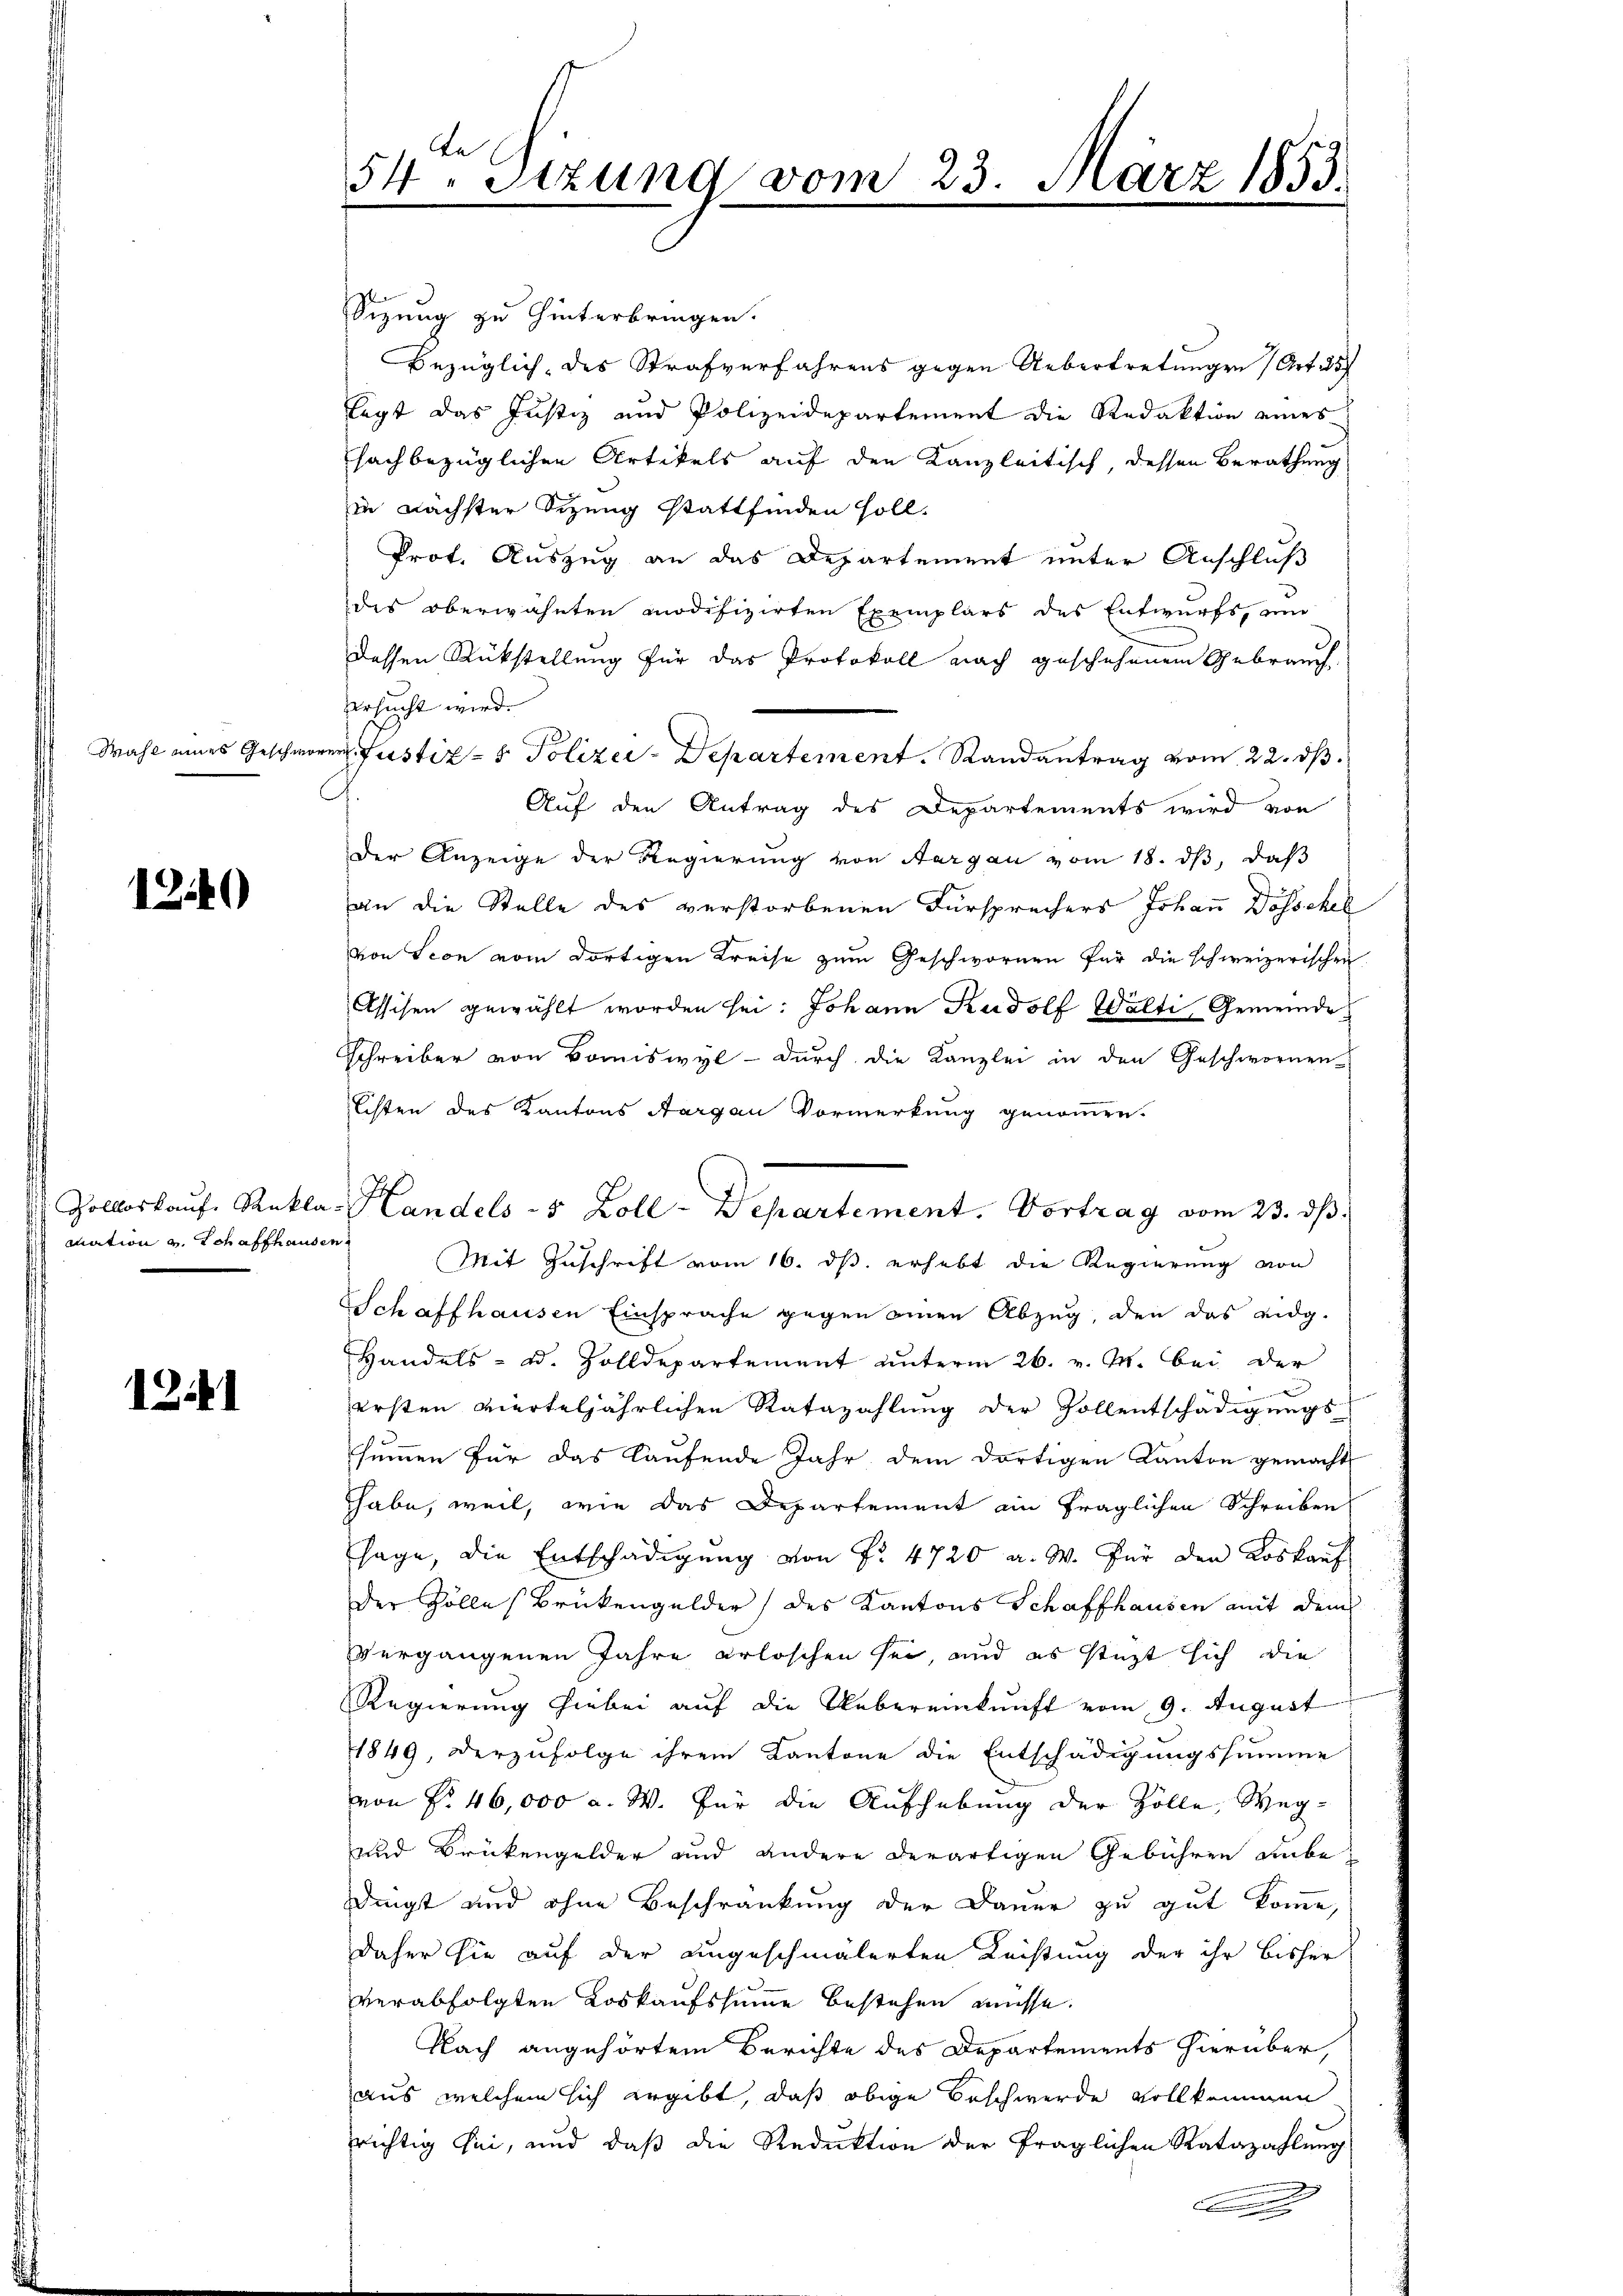
Wahl eines Geschwo

1240

Zollloskauf Ranklamation u. Schaffhausen

1241

te
54. Sitzung vom 23. März 1853.

Sizung zu hinterbringen.
Bezüglich, des Strafverfahrens gegen Uebertretungen (Art. 257
legt das Justiz und Polizeidepartement die Redaktion eines
sachbezüglichen Artikels auf den Kanzleitisch, dessen Berathung
in nächster Sizung stattfinden soll.
Prof. Auszug an das Departement unter Anschluß
des oberwähnten modifizirten Exemplars des Entwurfs, und
dessen Rükstellung für das Protokoll nach geschehenem Gebrauch
ersucht wird.
r Justiz- & Polizei-Departement. Randantrag vom 22. ds.
Auf den Antrag des Departements wird von
Der Anzeige der Regierung von Aargau vom 18. dβ, daß
an die Stelle des verstorbenen Fürsprechers Johann Dösschel
von Seon vom dortigen Kreise zum Geschwornen für die schweizerischen
Assisen gewählt worden sei: Johann Rudolf Wälti, Gemeinde
Schreiber von Domiswyl - durch die Kanzlei in den Geschwornen-
Echten des Kantons Aargau Vormerkung genommen.
Mit Zuschrift vom 16. ds. erhebt die Regierung von
Schaffhausen Einsprache gegen einen Abzug, den das eidg.
Handels- u. Zolldepartement unterm 26. v. M. bei der
ersten vierteljährlichen Ratazahlung der Zollentschädigungs-
summen für das laufende Jahr dem dortigen Kanton gemacht
habe, weil, wie das Departement ain fraglichen Schreiben
sage, die Entschädigung von Fr. 4720 a. W. für den Loskauf
der Zölle Brükengelder des Kantons Schaffhausen mit dem
vergangenen Jahre erloschen sei, und es stüzt sich die
Regierung hiebei auf die Uebereinkunft vom 9. August
11849, derzufolge ihrem Kantone die Entschädigungssumme
von Nr. 46,000 a. W. für die Aufhebung der Zölle, Weg¬
und Brükengelder und andere derartigen Gebühren anbedingt und ohne Beschränkung der Dauer zu gut komme,
daher sie auf der angeschmälerten Leistung der ihr bisher
verabfolgten Loskaufssumme bestehen müsse.
Nach angehörtem Berichte des Departements hierüber,
aus welchem sich ergibt, daß obige Beschwerde vollkommen
richtig sei, und daß die Reduktion der fraglichen Ratazahlung
.

Handels- & Zoll-Departement. Vortrag vom 23. dβ.